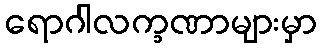
ရောဂါလက္ခဏာများမှာ